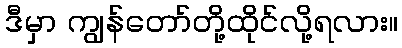
ဒီမှာ ကျွန်တော်တို့ထိုင်လို့ရလား။